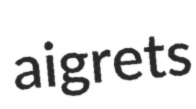
aigrets